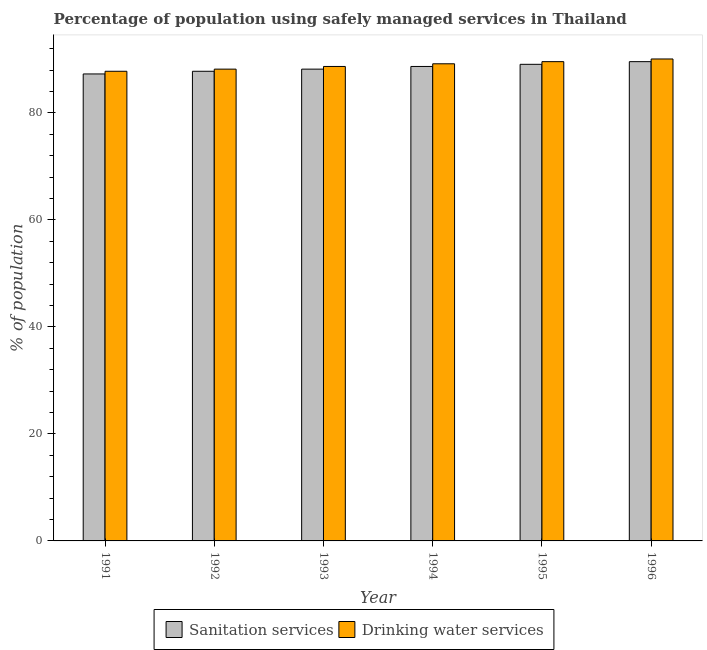
| Year | Sanitation services | Drinking water services |
 | --- | --- | --- |
 | 1991 | 87.3 | 87.8 |
 | 1992 | 87.8 | 88.2 |
 | 1993 | 88.2 | 88.7 |
 | 1994 | 88.7 | 89.2 |
 | 1995 | 89.1 | 89.6 |
 | 1996 | 89.6 | 90.1 |